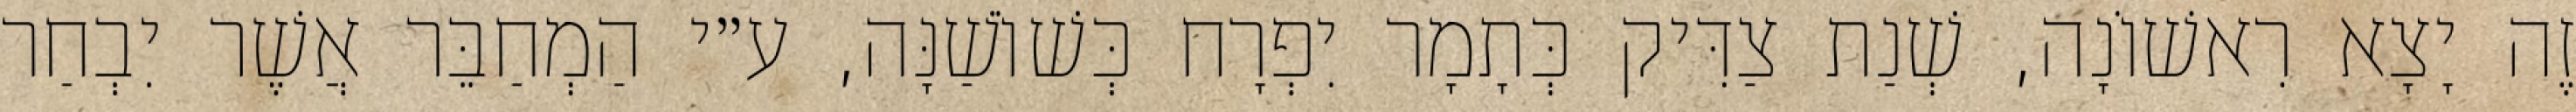
זֶה יָצָא רִאשׁוֹנָה, שְׁנַת צַדִּיק כְּתָמָר יִפְרָח כְּשׁוֹשַׁנָּה, ע״י הַמְחַבֵּר אֲשֶׁר יִבְחַר